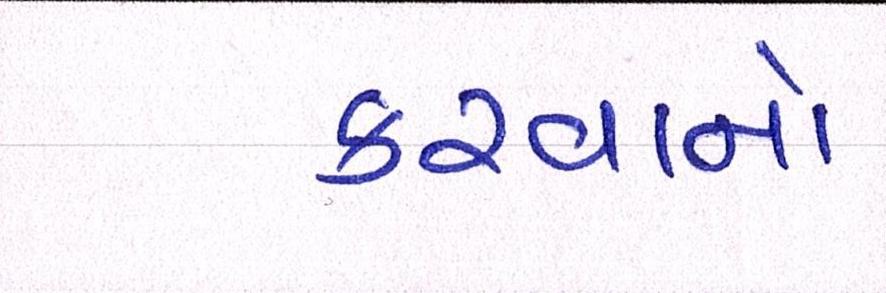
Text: કરવાનો